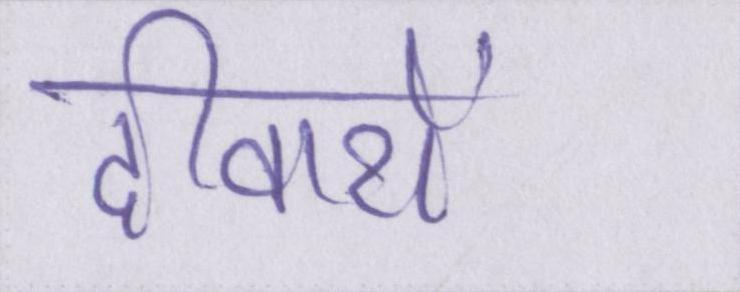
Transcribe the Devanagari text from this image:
दीवारों